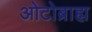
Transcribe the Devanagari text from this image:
ओटोब्राह्म